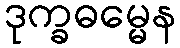
ဒုက္ခဓမ္မေန